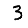
Digit: 3